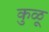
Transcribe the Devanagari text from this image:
कुळू